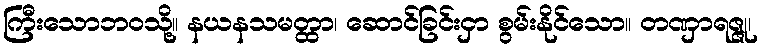
ကြီးသောဘဝသို့။ နယနသမတ္ထာ၊ ဆောင်ခြင်းငှာ စွမ်းနိုင်သော။ တဏှာရဇ္ဇု၊